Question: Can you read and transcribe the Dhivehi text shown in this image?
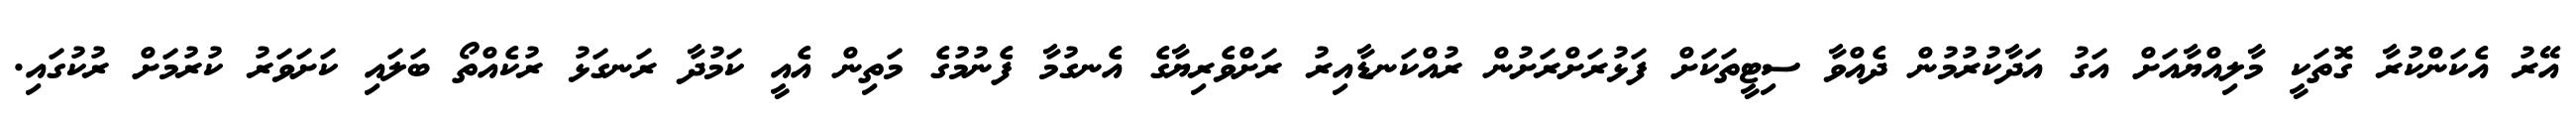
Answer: އޭރު އެކަންކުރާ ގޮތަކީ މާލިއްޔާއަށް އަގު އަދާކުރުމުން ދެއްވާ ސިޓީތަކަށް ފަޅުރަށްރަށުން ރުއްކަނޑާއިރު ރަށްވެރިޔާގެ އެނގުމާ ފެނުމުގެ މަތިން އެއީ ކަމުދާ ރަނގަޅު ރުކެއްތޯ ބަލައި ކަށަވަރު ކުރުމަށް ރުކުގައި.